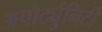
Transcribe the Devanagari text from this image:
अपॊर्ट्युनिटी